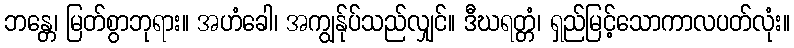
ဘန္တေ၊ မြတ်စွာဘုရား။ အဟံခေါ၊ အကျွန်ုပ်သည်လျှင်။ ဒီဃရတ္တံ၊ ရှည်မြင့်သောကာလပတ်လုံး။